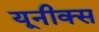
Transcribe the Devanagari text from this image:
यूनीक्स